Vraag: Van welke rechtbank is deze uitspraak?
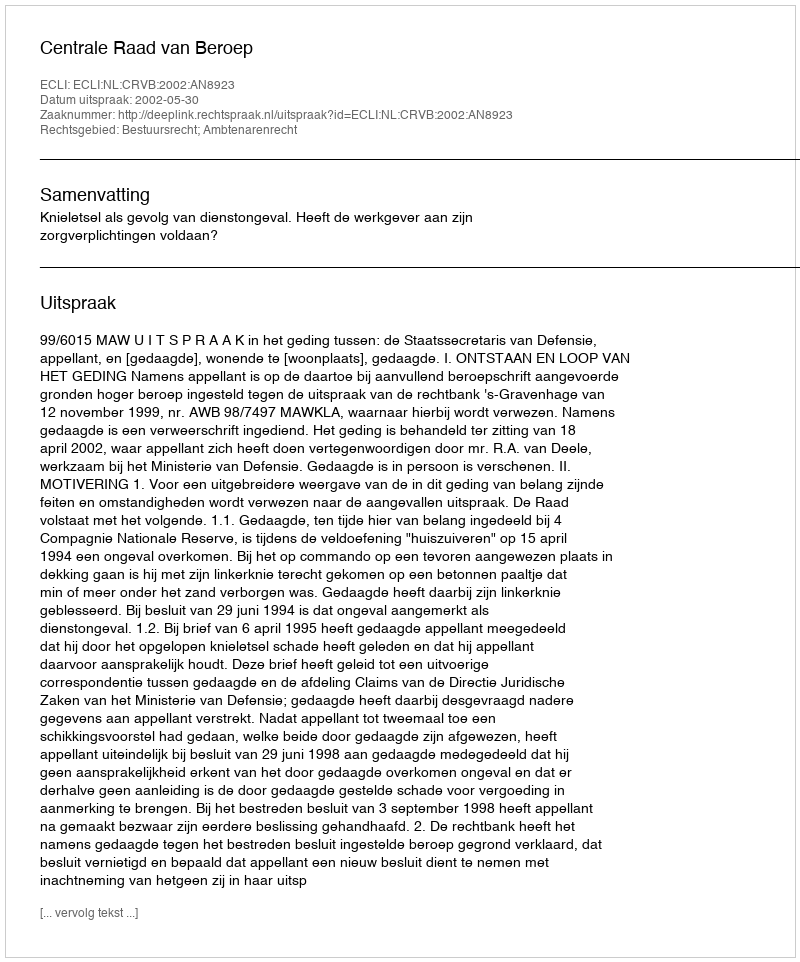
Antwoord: Centrale Raad van Beroep